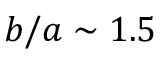
b / a \sim 1 . 5